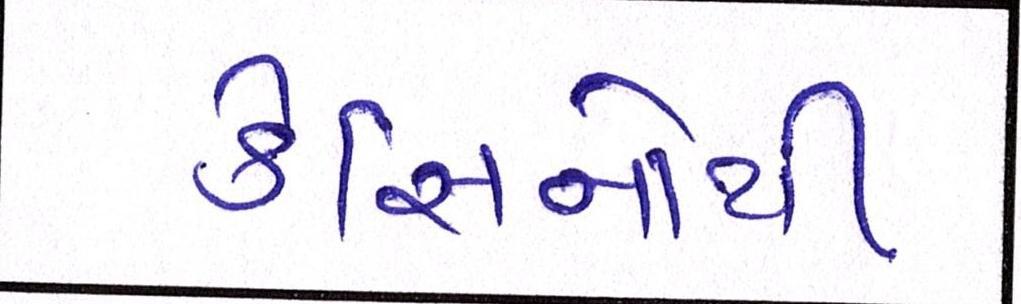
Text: કેસિનોથી